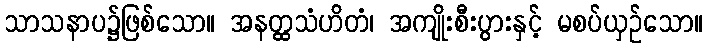
သာသနာပ၌ဖြစ်သော။ အနတ္ထသံဟိတံ၊ အကျိုးစီးပွားနှင့် မစပ်ယှဉ်သော။